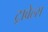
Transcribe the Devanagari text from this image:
ट्रावेल्स